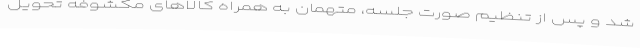
شد و پس از تنظیم صورت‌ جلسه، متهمان به همراه کالاهای مکشوفه تحویل